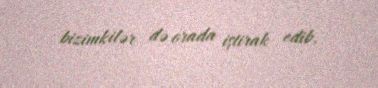
bizimkilər də orada iştirak edib.